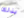
بذلك